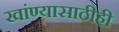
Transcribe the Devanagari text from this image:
खांण्यासाठीही